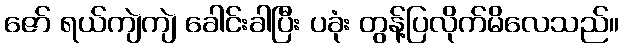
ဇော် ရယ်ကျဲကျဲ ခေါင်းခါပြီး ပခုံး တွန့်ပြလိုက်မိလေသည်။